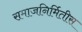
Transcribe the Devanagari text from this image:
समाजनिर्मितीस